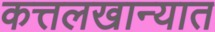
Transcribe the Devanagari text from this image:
कत्तलखान्यात